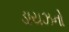
ડાયઝનો